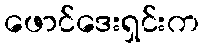
ဖောင်ဒေးရှင်းက